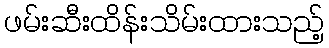
ဖမ်းဆီးထိန်းသိမ်းထားသည့်